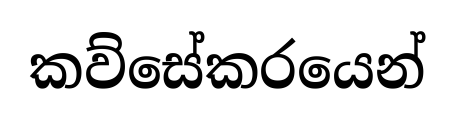
කව්සේකරයෙන්